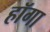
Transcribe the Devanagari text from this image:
हॉगा